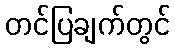
တင်ပြချက်တွင်